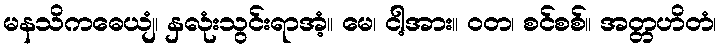
မနသိကဓေယျံ၊ နှလုံးသွင်းရာအံ့။ မေ၊ ငါ့အား။ ဝတ၊ စင်စစ်။ အတ္တဟိတံ၊